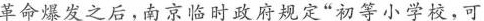
革命爆发之后，南京临时政府规定”初等小学校，可